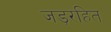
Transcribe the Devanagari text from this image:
जड़रहित